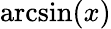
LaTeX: \arcsin(x)